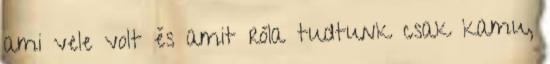
ami vele volt és amit róla tudtunk csak kamu,